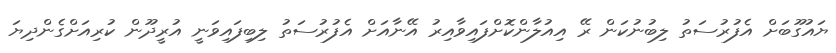
ޔައުގޫބަށް އެފުރުސަތު ލިބުނުކަން ރޭ އިއުލާންކޮށްފައިވާއިރު އޭނާއަށް އެފުރުސަތު ލިބިފައިވަނީ އުރީދޫން ކުރިއަށްގެންދިޔަ